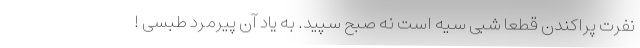
نفرت پراکندن قطعا شبی سیه است نه صبح سپید. به یاد آن پیرمرد طبسی !